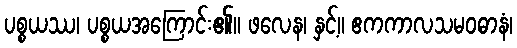
ပစ္စယဿ၊ ပစ္စယအကြောင်း၏။ ဖလေန၊ နှင့်။ ဧကကာလသမဝဓာနံ၊